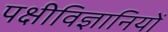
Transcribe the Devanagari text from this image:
पक्षीविज्ञानियों